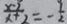
\frac { x - 2 } { x + 2 } = - \frac { 9 } { 2 }